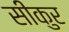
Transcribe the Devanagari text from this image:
सीकुर